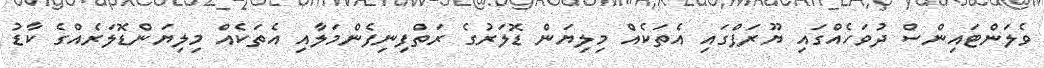
ވެލަންޓައިންސް ދުވަހެއްގައި ޔޫރަޕްގައި އެތަކެއް މިލިޔަން ޑޮލަރުގެ ރަތްފިނިފެންމަލާއި އެތަކެއް މިލިޔަންޑޮލަރެއްގެ ކާޑު